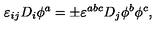
\varepsilon _ { i j } D _ { i } \phi ^ { a } = \pm \varepsilon ^ { a b c } D _ { j } \phi ^ { b } \phi ^ { c } ,